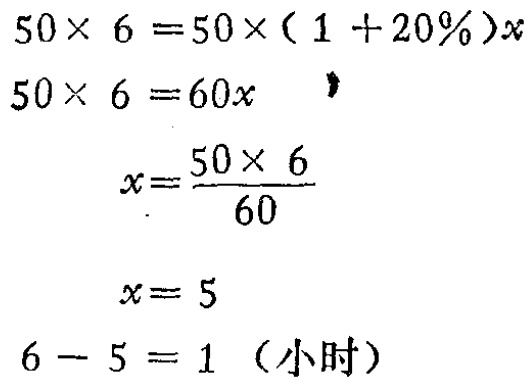
\[
\begin{align*}
50\times 6&=50\times(1 + 20\%)x\\
50\times 6&=60x\\
x&=\frac{50\times 6}{60}\\
x&= 5\\
6 - 5&= 1 \text{（小时）}
\end{align*}
\]